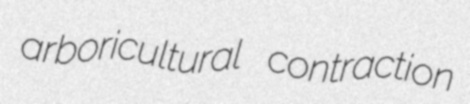
arboricultural contraction